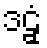
ဒဠှံ